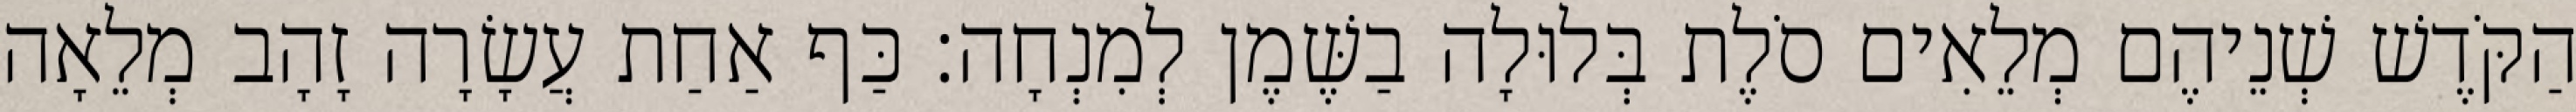
הַקֹּדֶשׁ שְׁנֵיהֶם מְלֵאִים סֹלֶת בְּלוּלָה בַשֶּׁמֶן לְמִנְחָה׃ כַּף אַחַת עֲשָׂרָה זָהָב מְלֵאָה